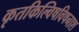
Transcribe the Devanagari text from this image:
कृतकिल्विषविषनाश